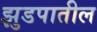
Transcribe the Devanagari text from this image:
झुडपातील